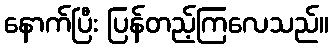
နောက်ပြီး ပြန်တည့်ကြလေသည်။